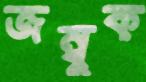
জম্বুক